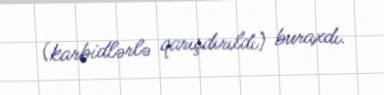
(karbidlərlə qarışdırıldı) buraxdı.